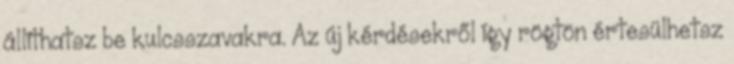
állíthatsz be kulcsszavakra. Az új kérdésekről így rögtön értesülhetsz